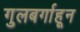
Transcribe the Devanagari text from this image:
गुलबर्गाहून